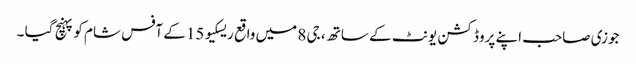
جوزی صاحب اپنے پروڈکشن یونٹ کے ساتھ ، جی 8 میں واقع ریسکیو 15 کے آفس شام کو پہنچ گیا ۔